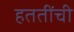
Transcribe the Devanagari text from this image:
हततींची